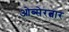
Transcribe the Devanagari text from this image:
ओब्सेरत्वार